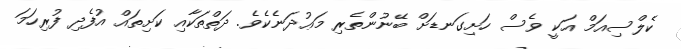
ކެލްސިއަމް އަކީ ވެސް ހަށިގަނޑަށް ބޭނުންތެރި މަޢުދަނެކެވެ. ދަތްތަކާއި ކަށިތައް އުފެދި ފުރިހަމަ